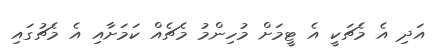
އަދި އެ މެޗަކީ އެ ޓީމަށް މުހިންމު މެޗެއް ކަމަށާއި އެ މެޗުގައި